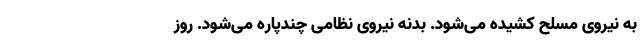
به نیروی مسلح کشیده می‌شود. بدنه نیروی نظامی چندپاره می‌شود. روز